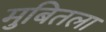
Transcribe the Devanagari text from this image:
मुबितला